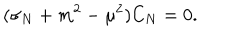
( \sigma _ { N } + m ^ { 2 } - \mu ^ { 2 } ) C _ { N } = 0 .